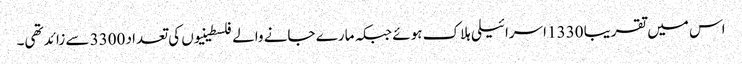
اس میں تقریبا 1330 اسرائیلی ہلاک ہوئے جبکہ مارے جانے والے فلسطینیوں کی تعداد 3300 سے زائد تھی۔